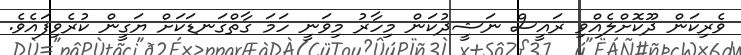
ވެރިކަން ދޫކޮށްލެއްވި ރައީސް ނަޝީދުކަން މިހާރު މިވަނީ ހަމަ ގާތްގަނޑަކަށް ޔަގީން ކުރެވިފައެވެ.